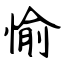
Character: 愉